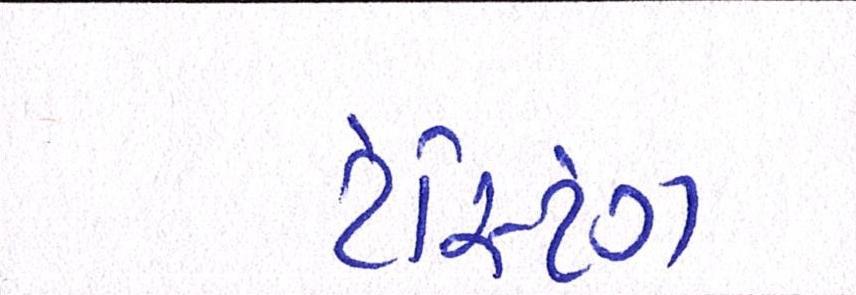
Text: ટેસ્ટિંગ